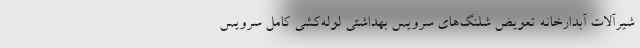
شیرآلات آبدارخانه تعویض شلنگ‌های سرویس بهداشتی لوله‌کشی کامل سرویس